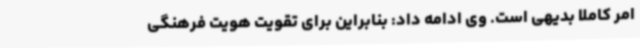
امر کاملاً بدیهی است. وی ادامه داد: بنابراین برای تقویت هویت فرهنگی